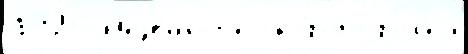
1926 Н'езва́ныjе ско́рого рол'ей